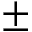
\pm